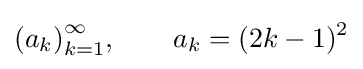
{(a_{k})}_{k=1}^{\infty },\qquad a_{k}=(2k-1)^{2}